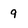
Character: 9